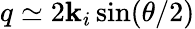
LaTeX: q\simeq2\mathbf{k}_{i}\sin(\theta/2)